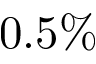
0 . 5 \%